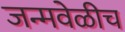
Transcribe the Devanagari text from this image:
जन्मवेळीच